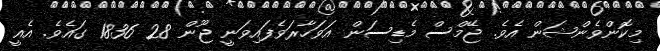
މިކޮންވެންޝަން އެވެ. ޖޭމްސް މެޑިސަން އަވަހާރަވެފައިވަނީ ޖޫން 28 1836 ގައެވެ. އެއީ